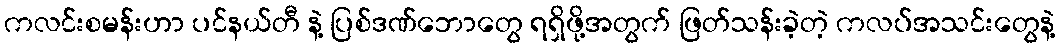
ကလင်းစမန်းဟာ ပင်နယ်တီ နဲ့ ပြစ်ဒဏ်ဘောတွေ ရရှိဖို့အတွက် ဖြတ်သန်းခဲ့တဲ့ ကလပ်အသင်းတွေနဲ့